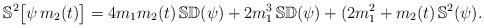
LaTeX: \begin{align*}\mathbb S^2 \big[\psi \,m_2(t) \big] = 4 m_1 m_2(t)\,\mathbb S\mathbb D (\psi) + 2 m_1 ^3\,\mathbb S \mathbb D (\psi) + (2m_1^2 + m_2(t)\,\mathbb S^2 (\psi) .\end{align*}